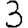
Digit: 3